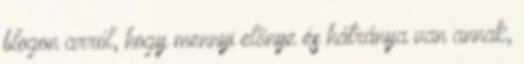
blogon arról, hogy mennyi előnye és hátránya van annak,